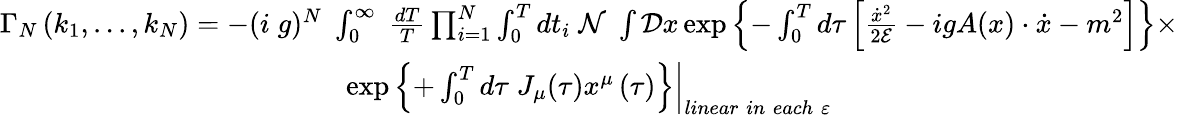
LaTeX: \begin{array}{c}{{\Gamma_{N}\left(k_{1},...,k_{N}\right)=-(i\; g)^{N}\; \int_{0}^{\infty}\; \frac{dT}T\prod_{i=1}^{N}\int_{0}^{T}dt_{i}\; {\cal N\; }\int{\cal D}x\exp\left\{ -\int_{0}^{T}d\tau\left[\frac{\dot{x}^{2}}{2{\cal E}}-igA(x)\cdot\dot{x}-m^{2}\right]\right\} \times}}\\ {{\exp\left.\left\{ +\int_{0}^{T}d\tau\; J_{\mu}(\tau)x^{\mu}\left(\tau\right)\right\} \right|_{linear\; in\; each\; \varepsilon}}}\end{array}